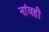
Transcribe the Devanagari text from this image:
नांवही